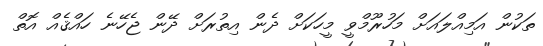
ތަކުން އަމިއްލައަށް މަހުރޫމްވީ މީހަކަށް ދެން އިތުރަށް ދޭން ޖެހޭނެ ހައްޤެއް އޮތް